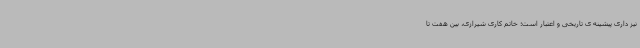
نیز داری پیشینه ی تاریخی و اعتبار است؛ خاتم کاری شیرازی، بین هفت تا